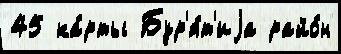
45 ка́рты Бур'я́т'иjа райо́н